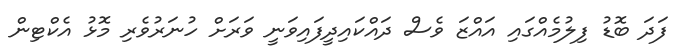
ފަދަ ބޮޑު ފިލުމެއްގައި އައްޒަ ވެސް ދައްކައިދީފައިވަނީ ވަރަށް ހުނަރުވެރި މޮޅު އެކްޓިން